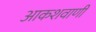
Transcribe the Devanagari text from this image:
आकशवाणी